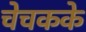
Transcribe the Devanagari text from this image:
चेचकके